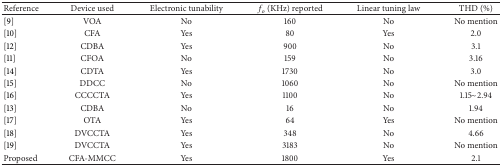
| Reference | Device used | Electronic tunability | fo (KHz) reported | Linear tuning law | THD (%) |
 | --- | --- | --- | --- | --- | --- |
 | [9] | VOA | No | 160 | No | No mention |
 | [10] | CFA | Yes | 80 | Yes | 2.0 |
 | [12] | CDBA | Yes | 900 | No | 3.1 |
 | [11] | CFOA | No | 159 | No | 3.16 |
 | [14] | CDTA | Yes | 1730 | No | 3.0 |
 | [15] | DDCC | No | 1060 | No | No mention |
 | [16] | CCCCTA | Yes | 1100 | No | 1.15~2.94 |
 | [13] | CDBA | No | 16 | No | 1.94 |
 | [17] | OTA | Yes | 64 | Yes | No mention |
 | [18] | DVCCTA | Yes | 348 | No | 4.66 |
 | [19] | DVCCTA | Yes | 3183 | No | No mention |
 | Proposed | CFA-MMCC | Yes | 1800 | Yes | 2.1 |